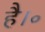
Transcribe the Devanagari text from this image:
है।॰